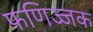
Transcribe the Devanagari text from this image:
फणिज्जक